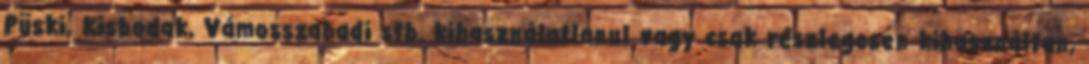
Püski, Kisbodak, Vámosszabadi stb. kihasználatlanul vagy csak részlegesen kihasználtan,